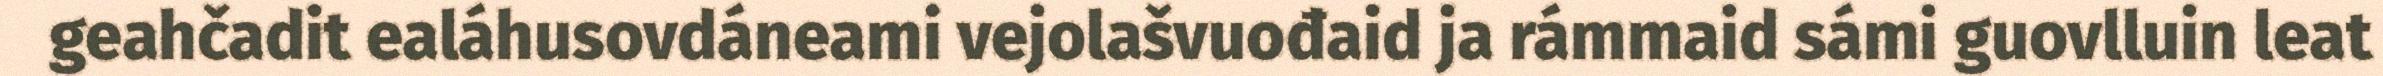
geahčadit ealáhusovdáneami vejolašvuođaid ja rámmaid sámi guovlluin leat